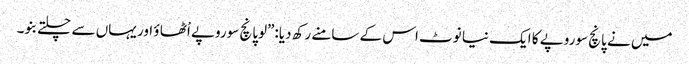
میں نے پانچ سوروپے کا ایک نیا نوٹ اس کے سامنے رکھ دیا:”لوپانچ سوروپے اْٹھا ؤ اور یہاں سے چلتے بنو۔